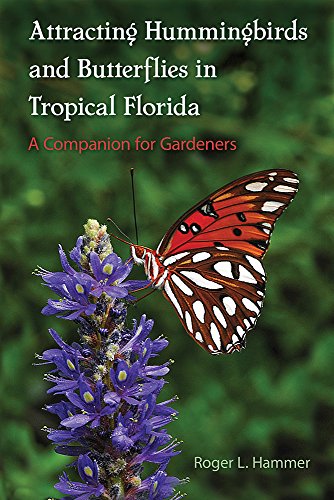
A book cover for Attracting Hummingbirds and Butterflies in Tropical Florida: A Companion for Gardeners; Roger L. Hammer; Crafts, Hobbies & Home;